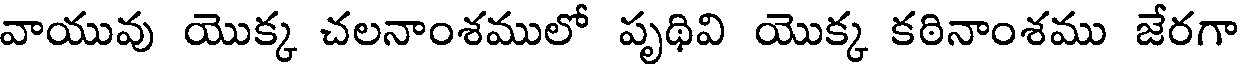
వాయువు యొక్క చలనాంశములో పృథివి యొక్క కఠినాంశము జేరగా